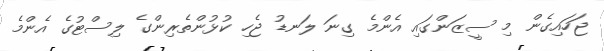
ޖަހައިގެން މި ސީޒަންގައި އެންމެ ގިނަ ލަނޑު ޖެހި ކުޅުންތެރިންގެ ލިސްޓުގެ އެންމެ